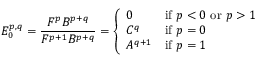
E _ { 0 } ^ { p , q } = { \frac { F ^ { p } B ^ { p + q } } { F ^ { p + 1 } B ^ { p + q } } } = { \left\{ \begin{array} { l l } { 0 } & { { \mathrm { i f ~ } } p < 0 { \mathrm { ~ o r ~ } } p > 1 } \\ { C ^ { q } } & { { \mathrm { i f ~ } } p = 0 } \\ { A ^ { q + 1 } } & { { \mathrm { i f ~ } } p = 1 } \end{array} \right. }